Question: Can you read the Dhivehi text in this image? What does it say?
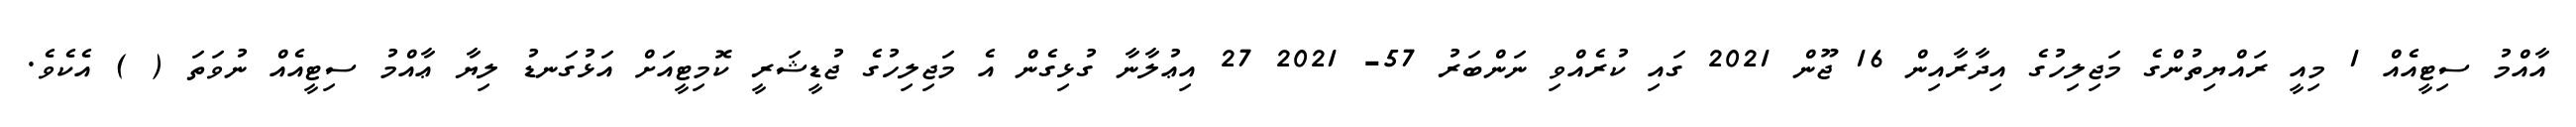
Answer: އާއްމު ސިޓީއެއް 1 މިއީ ރައްޔިތުންގެ މަޖިލިހުގެ އިދާރާއިން 16 ޖޫން 2021 ގައި ކުރެއްވި ނަންބަރު 57- 2021 27 އިޢުލާނާ ގުޅިގެން އެ މަޖިލިހުގެ ޖުޑީޝަރީ ކޮމިޓީއަށް އަޅުގަނޑު ލިޔާ ޢާއްމު ސިޓީއެއް ނުވަތަ ( ) އެކެވެ.